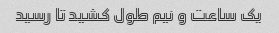
یک ساعت و نیم طول کشید تا رسید